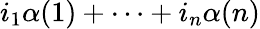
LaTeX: i_{1}\alpha(1)+\cdots+i_{n}\alpha(n)